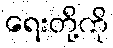
ရေးတို့ကို